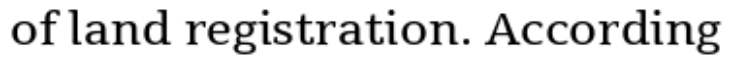
of land registration. According